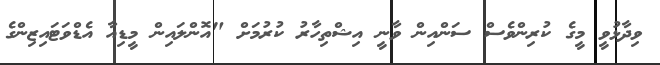
ވިދާޅުވީ މީގެ ކުރިންވެސް ސަންއިން ވާނީ އިޝްތިހާރު ކުރުމަށް "އޮންލައިން މީޑިއާ އެޑްވަޓައިޒިންގެ